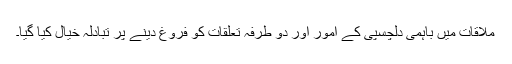
ملاقات میں باہمی دلچسپی کے امور اور دو طرفہ تعلقات کو فروغ دینے پر تبادلہ خیال کیا گیا۔